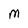
Character: M